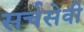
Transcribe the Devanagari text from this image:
सर्चसेवी